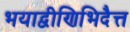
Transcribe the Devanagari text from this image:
भयाद्वीणिभिदैत्त